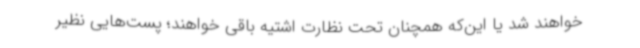
خواهند شد یا این‌که همچنان تحت نظارت اشتیه باقی خواهند؛ پست‌هایی نظیر